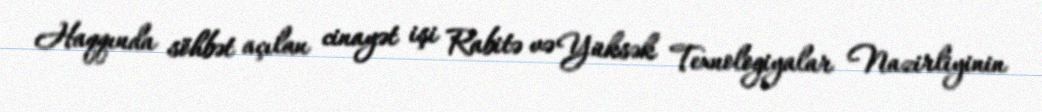
Haqqında söhbət açılan cinayət işi Rabitə və Yüksək Texnologiyalar Nazirliyinin